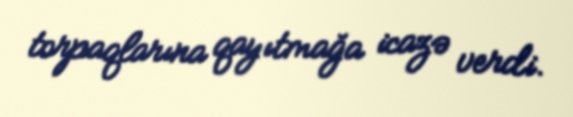
torpaqlarına qayıtmağa icazə verdi.